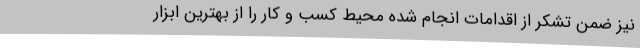
نیز ضمن تشکر از اقدامات انجام شده محیط کسب و کار را از بهترین ابزار